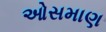
ઓસમાણ